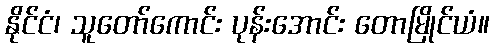
နိုင်ငံ၊ သူတော်ကောင်း ပုန်းအောင်း တောမြိုင်ယံ။